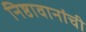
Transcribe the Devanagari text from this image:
निष्ठावानांची